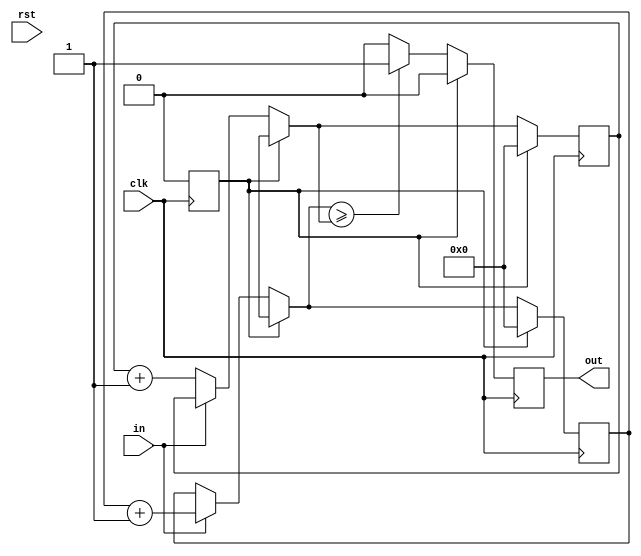
module s_majority(in,out,clk,rst);
  input in,clk,rst;
  output reg out;
  localparam s0=0;
  reg machine;
  reg [31:0] count_zero,count_one;
  always@(posedge clk) begin
    if(rst) begin machine <= s0; end
    else begin machine <= machine; end
    
    case(machine) 
      s0: begin
        if(in==1) count_one=count_one+1;
        else if(in==0) count_zero=count_zero+1;
        else begin
        	count_one=count_one;
            count_zero=count_zero;
        end
        
        if(count_one>=count_zero) out=1;
        else out=0;
        
        machine <= s0;
      end
      default: begin
        count_one=0;
        count_zero=0;
        machine <= s0;
        out <= 0;
      end
    endcase
  end
endmodule